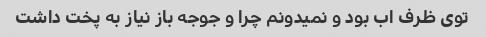
توی ظرف اب بود و نمیدونم چرا و جوجه باز نیاز به پخت داشت